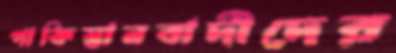
পাকিস্তানবাদীদের